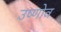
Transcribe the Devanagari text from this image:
उष्णोव